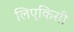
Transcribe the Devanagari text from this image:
लिएकिसी